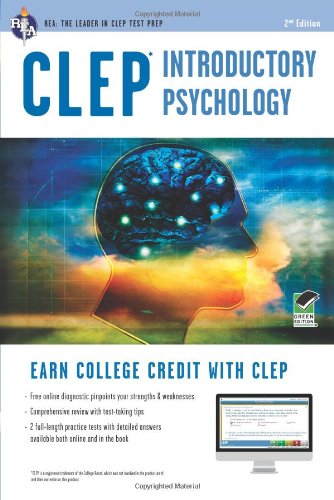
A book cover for CLEPÂ® Introductory Psychology Book + Online (CLEP Test Preparation); Don J. Sharpsteen Ph.D.; Test Preparation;